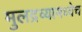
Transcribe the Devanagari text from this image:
मुलद्रव्यामध्येच